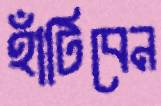
হাঁটিবেন